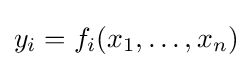
y_{i}=f_{i}(x_{1},\dots ,x_{n})